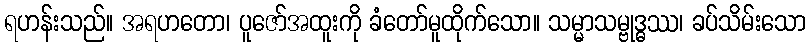
ရဟန်းသည်။ အရဟတော၊ ပူဇော်အထူးကို ခံတော်မူထိုက်သော။ သမ္မာသမ္ဗုဒ္ဓဿ၊ ခပ်သိမ်းသော